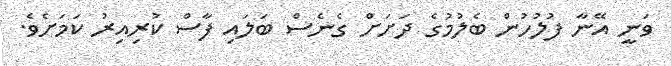
ވަނީ އޭނާ ފުލުހުން ބެލުމުގެ ދަށަށް ގެނެސް ބަލައި ފާސް ކުރިއިރު ކަމަށެވެ.